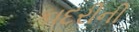
કાદરીની